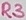
Text: R3